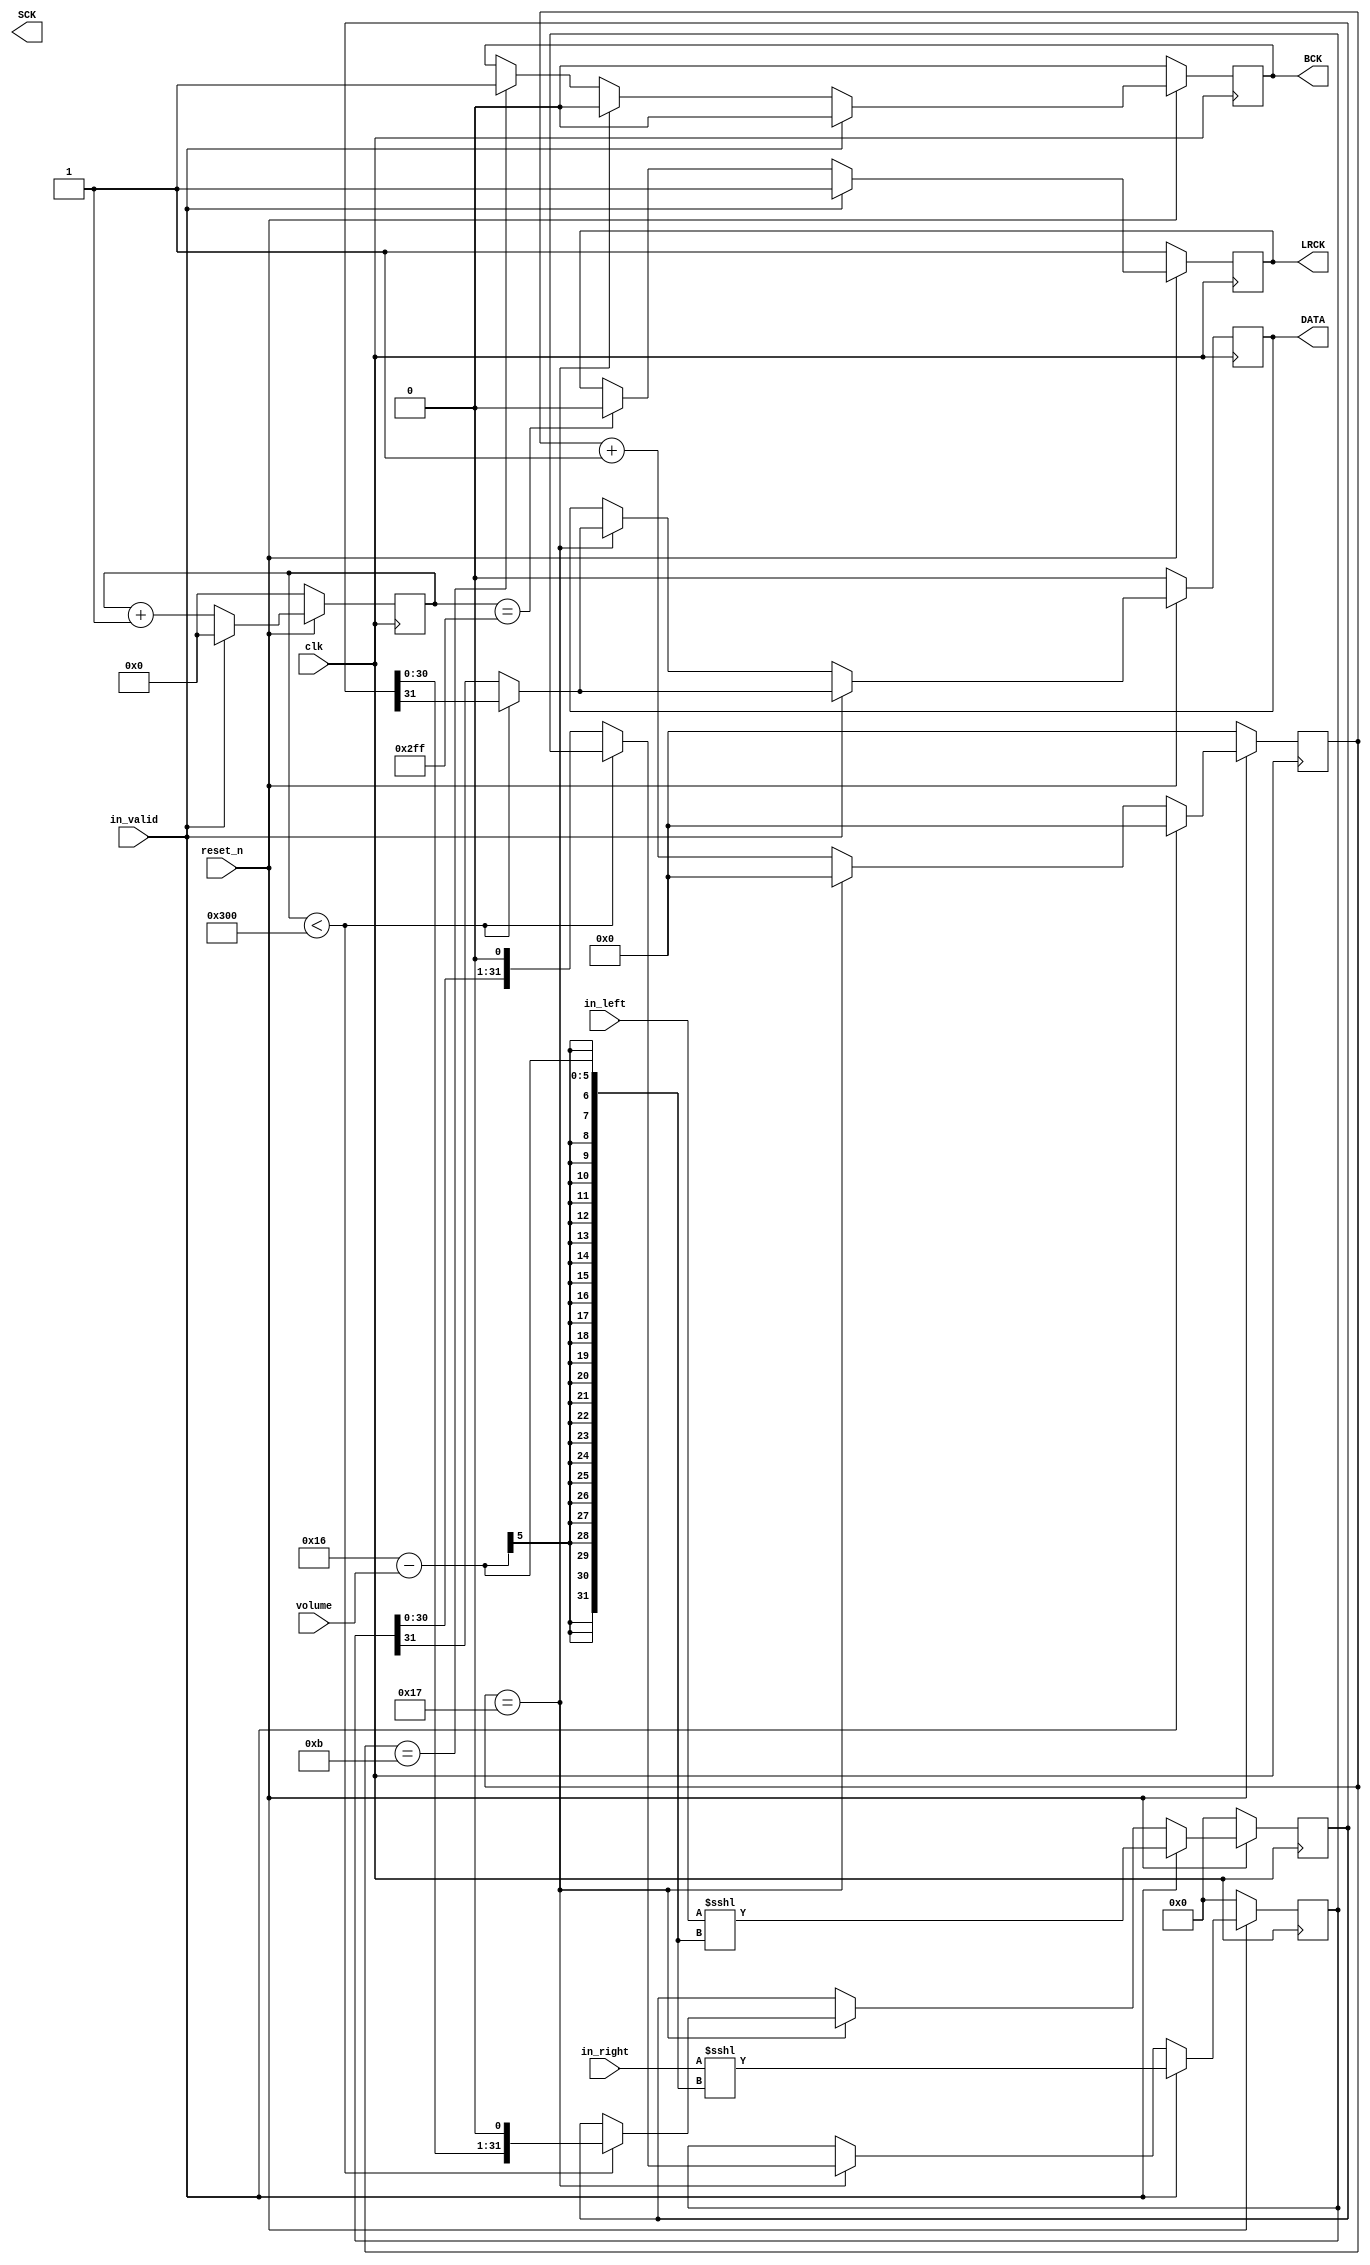
`timescale 1ns/1ns


module MyI2S
 #(
	parameter VOLUME_WIDTH = 4,
	parameter IN_WIDTH = 10,
	parameter OUT_WIDTH = 32
 )
(
	input wire clk, // 73.728M
	input wire reset_n,
	
	input wire [VOLUME_WIDTH-1:0] volume,
	input wire signed [IN_WIDTH-1:0] in_left,
	input wire signed [IN_WIDTH-1:0] in_right,
	input wire in_valid,

	output reg SCK,
	output reg BCK,
	output reg LRCK,
	output reg DATA
);


	localparam LRCK_CLK = 1536;
	localparam LRCK_HALF_CLK = LRCK_CLK >> 1;
	localparam BCK_CLK = 24;
	localparam BCK_HALF_CLK = BCK_CLK >> 1;


	reg [10:0] lrck_cnt; // fs = 48k = clk / 1536
	reg [5:0] bck_cnt; // fs * 64 = clk / 24
	
	reg signed [OUT_WIDTH-1:0] out_left;
	reg signed [OUT_WIDTH-1:0] out_right;


	always @(posedge clk) begin
		if (~reset_n) begin
			lrck_cnt <= 0;
			
			LRCK <= 1'b1;
		end
		else begin
			if (in_valid) begin
				lrck_cnt <= 0;
				
				LRCK <= 1'b1;
			end
			else begin
				lrck_cnt <= lrck_cnt + 1;
				
				if (lrck_cnt == LRCK_HALF_CLK-1) begin
					LRCK <= 1'b0;
				end
			end
		end
	end

	always @(posedge clk) begin
		if (~reset_n) begin
			bck_cnt <= 0;

			BCK <= 1'b0;

			DATA <= 1'b0;
			out_left <= 0;
			out_right <= 0;
		end
		else begin
			if (in_valid) begin
				bck_cnt <= 0;

				BCK <= 1'b0;

				DATA <= (lrck_cnt < LRCK_HALF_CLK) ? out_left[OUT_WIDTH-1] : out_right[OUT_WIDTH-1];
				out_left <= in_left <<< (OUT_WIDTH - IN_WIDTH - volume);
				out_right <= in_right <<< (OUT_WIDTH - IN_WIDTH - volume);
			end
			else begin
				if (bck_cnt == BCK_CLK-1) begin
					bck_cnt <= 0;
					
					BCK <= 1'b0;
					
					DATA <= (lrck_cnt < LRCK_HALF_CLK) ? out_left[OUT_WIDTH-1] : out_right[OUT_WIDTH-1];
					if (lrck_cnt < LRCK_HALF_CLK) out_left <= out_left <<< 1;
					else out_right <= out_right <<< 1;
				end
				else begin
					bck_cnt <= bck_cnt + 1;
					
					if (bck_cnt == BCK_HALF_CLK-1) begin
						BCK <= 1'b1;
					end
				end
			end
		end
	end


endmodule